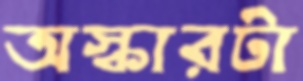
অস্কারটা